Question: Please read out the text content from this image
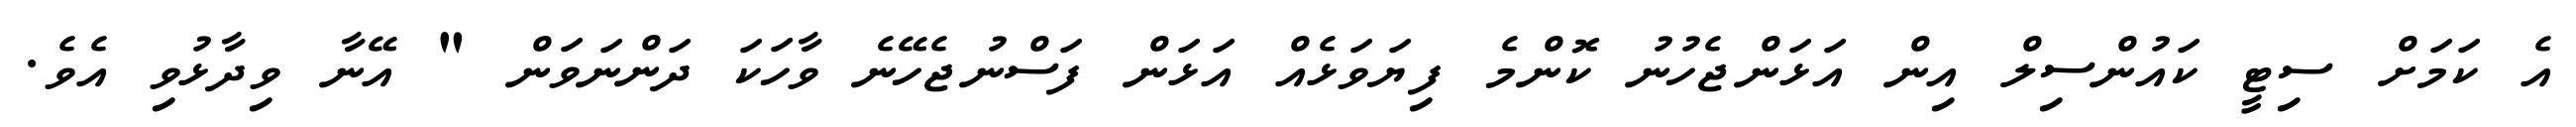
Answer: އެ ކަމަށް ސިޓީ ކައުންސިލް އިން އަޅަންޖެހުނު ކޮންމެ ފިޔަވަޅެއް އަޅަން ފަސްނުޖެހޭނެ ވާހަކަ ދަންނަވަން " އޭނާ ވިދާޅުވި އެވެ.